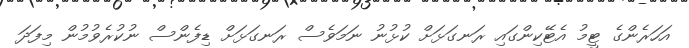
އަހަރެންގެ ޓީމު އެޓޭކިންގައި ރަނގަޅަށް ކުޅުނު ނަމަވެސް ރަނގަޅަށް ޑިފެންސް ނުކުރެވުމުން މިފަދަ